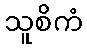
သူစိကံ